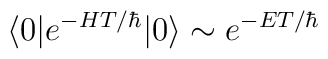
\langle 0 | e^{- HT/\hbar } | 0 \rangle \sim e^{ - E T/\hbar }